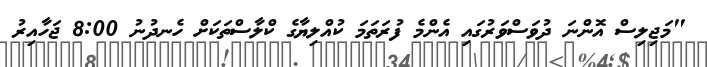
"މަޖިލިސް އޮންނަ ދުވަސްވަރުގައި އެންމެ ފުރަތަމަ ކުއްލިޔާގެ ކްލާސްތަކަށް ހެނދުނު 8:00 ޖަހާއިރު